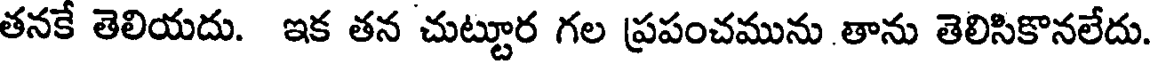
తనకే తెలియదు. ఇక తన చుట్టూర గల ప్రపంచమును తాను తెలిసికొనలేదు.